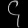
Digit: ၄